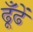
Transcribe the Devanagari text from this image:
ढूँढें